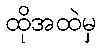
ထိုအထဲမှ